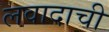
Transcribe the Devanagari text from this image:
लवादाची